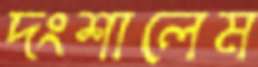
দংশালেম